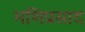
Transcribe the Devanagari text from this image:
मणिप्रसाद